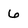
Character: 6